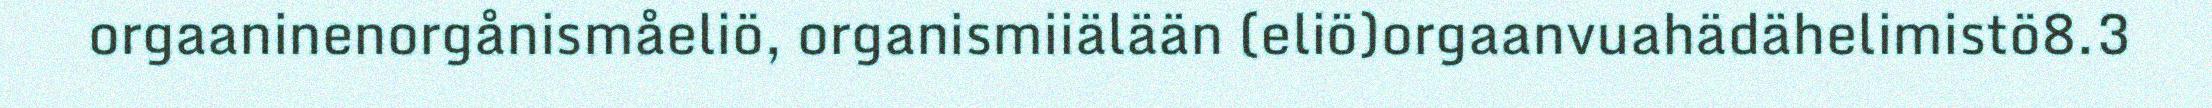
orgaaninenorgånismåeliö, organismiiälään (eliö)orgaanvuahädähelimistö8.3